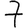
Digit: 7